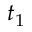
t _ { 1 }